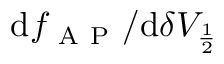
\mathrm { d } f _ { \mathrm { ~ A ~ P ~ } } / \mathrm { d } \delta V _ { \frac { 1 } { 2 } }